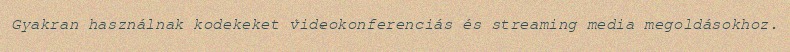
Gyakran használnak kodekeket videokonferenciás és streaming media megoldásokhoz.